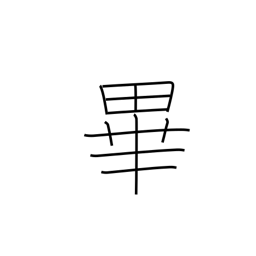
Meaning: the end